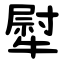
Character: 犚